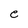
Character: e